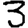
Digit: 3